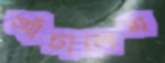
আঁচালেম